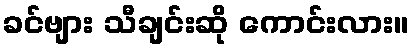
ခင်ဗျား သီချင်းဆို ကောင်းလား။